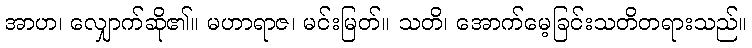
အာဟ၊ လျှောက်ဆို၏။ မဟာရာဇ၊ မင်းမြတ်။ သတိ၊ အောက်မေ့ခြင်းသတိတရားသည်။